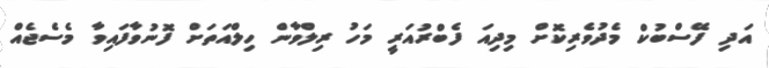
އަދި ފޭސްބުކް މެދުވެރިކޮށް މިދިއަ ފެބްރުއަރީ މަހު ރިލްވާން ހިލްއަތަށް ފޮނުވާފައިވާ މެސެޖެއް